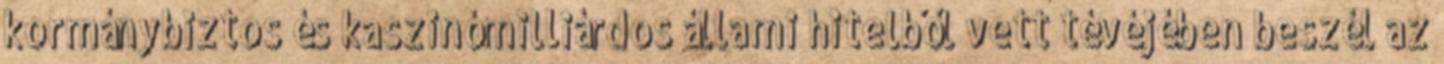
kormánybiztos és kaszinómilliárdos állami hitelből vett tévéjében beszél az